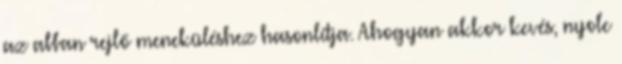
az abban rejlő meneküléshez hasonlítja. Ahogyan akkor kevés, nyolc